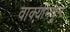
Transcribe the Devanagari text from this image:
वाक्यांमधून